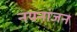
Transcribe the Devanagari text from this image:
नयनांजन